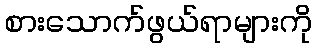
စားသောက်ဖွယ်ရာများကို